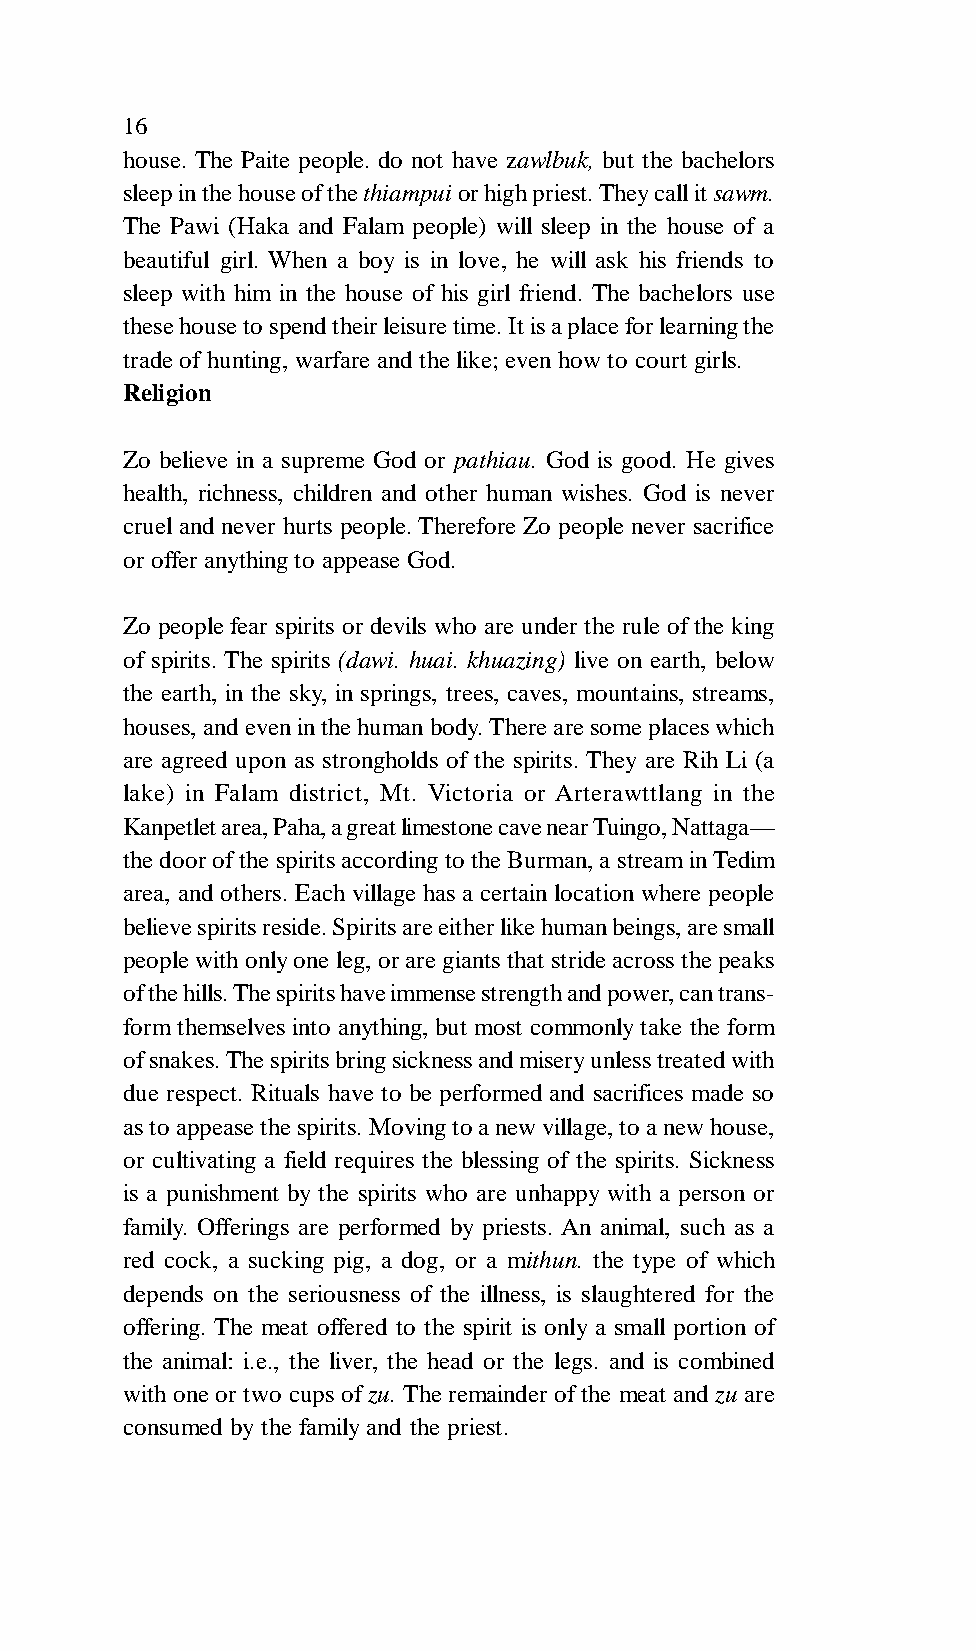
16
 house. The Paite people. do not have zawlbuk, but the bachelors
 sleep in the house of the thiampui or high priest. They call it sawm.
 The Pawi (Haka and Falam people) will sleep in the house of a
 beautiful girl. When a boy is in love, he will ask his friends to
 sleep with him in the house of his girl friend. The bachelors use
 these house to spend their leisure time. It is a place for learning the
 trade of hunting, warfare and the like; even how to court girls.
 Religion
 Zo believe in a supreme God or pathiau. God is good. He gives
 health, richness, children and other human wishes. God is never
 cruel and never hurts people. Therefore Zo people never sacrifice
 or offer anything to appease God.
 Zo people fear spirits or devils who are under the rule of the king
 of spirits. The spirits (dawi. huai. khuazing) live on earth, below
 the earth, in the sky, in springs, trees, caves, mountains, streams,
 houses, and even in the human body. There are some places which
 are agreed upon as strongholds of the spirits. They are Rih Li (a
 lake) in Falam district, Mt. Victoria or Arterawttlang in the
 Kanpetlet area, Paha, a great limestone cave near Tuingo, Nattaga—
 the door of the spirits according to the Burman, a stream in Tedim
 area, and others. Each village has a certain location where people
 believe spirits reside. Spirits are either like human beings, are small
 people with only one leg, or are giants that stride across the peaks
 of the hills. The spirits have immense strength and power, can trans-
 form themselves into anything, but most commonly take the form
 of snakes. The spirits bring sickness and misery unless treated with
 due respect. Rituals have to be performed and sacrifices made so
 as to appease the spirits. Moving to a new village, to a new house,
 or cultivating a field requires the blessing of the spirits. Sickness
 is a punishment by the spirits who are unhappy with a person or
 family. Offerings are performed by priests. An animal, such as a
 red cock, a sucking pig, a dog, or a mithun. the type of which
 depends on the seriousness of the illness, is slaughtered for the
 offering. The meat offered to the spirit is only a small portion of
 the animal: i.e., the liver, the head or the legs. and is combined
 with one or two cups of zu. The remainder of the meat and zu are
 consumed by the family and the priest.